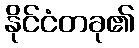
နိုင်ငံတခု၏